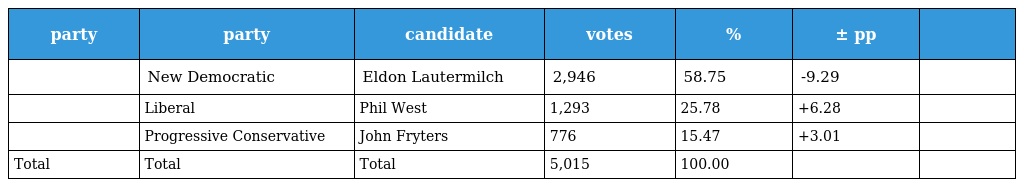
| party | party | candidate | votes | % | ± pp |  |
 | --- | --- | --- | --- | --- | --- | --- |
 |  | New Democratic | Eldon Lautermilch | 2,946 | 58.75 | -9.29 |  |
 |  | Liberal | Phil West | 1,293 | 25.78 | +6.28 |  |
 |  | Progressive Conservative | John Fryters | 776 | 15.47 | +3.01 |  |
 | Total | Total | Total | 5,015 | 100.00 |  |  |